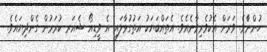
ހުންނާެވެ. ވަރަށް އެކުވެރިވާނެއެވެ. އެތައްބަޔަކު އަތުގުޅާލައި އެ ވީޑިއޯ ޝެއަރ ކުރަމުން ގެންދިޔައެވެ.